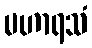
မဟာရသံ